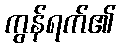
ကွန်ရက်၏